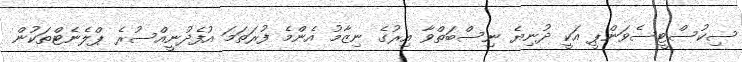
ސިކުސްޓީސެވަންޕީ އަކީ ދުނިޔެ ނިސްބަތްވާ އިރުގެ ނިޒާމު އެންމެ ފުރަތަމަ އުފެދުނީއްސުރެ ޕްލެނެޓްތަކުން